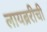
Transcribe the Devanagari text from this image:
लायब्ररीची